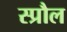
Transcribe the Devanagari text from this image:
स्प्रौल